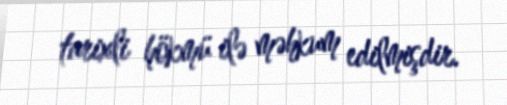
tarixli hökmü ilə məhkum edilmişdir.